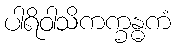
ပါရိဝါသိကက္ခန္ဓကံ